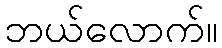
ဘယ်လောက်။